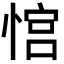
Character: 𢞏